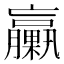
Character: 臝